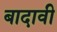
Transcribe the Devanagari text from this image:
बादावी